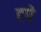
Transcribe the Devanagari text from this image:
टपे